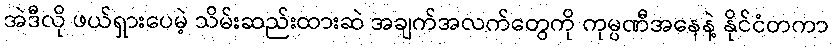
အဲဒီလို ဖယ်ရှားပေမဲ့ သိမ်းဆည်းထားဆဲ အချက်အလက်တွေကို ကုမ္ပဏီအနေနဲ့ နိုင်ငံတကာ